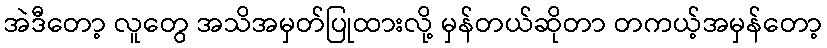
အဲဒီတော့ လူတွေ အသိအမှတ်ပြုထားလို့ မှန်တယ်ဆိုတာ တကယ့်အမှန်တော့